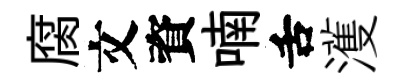
腐文資喃舌濩